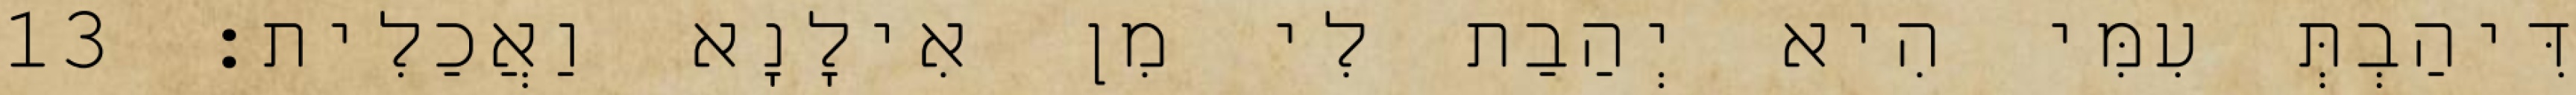
דִּיהַבְתְּ עִמִּי הִיא יְהַבַת לִי מִן אִילָנָא וַאֲכַלִית׃ 13